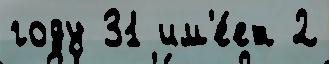
году 31 им'е́ет 2